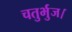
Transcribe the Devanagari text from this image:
चतुर्भुज।